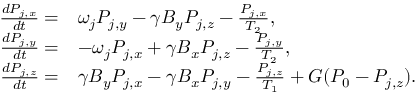
\begin{array} { r l } { \frac { d P _ { j , x } } { d t } = } & { \omega _ { j } P _ { j , y } - \gamma B _ { y } P _ { j , z } - \frac { P _ { j , x } } { T _ { 2 } } , } \\ { \frac { d P _ { j , y } } { d t } = } & { - \omega _ { j } P _ { j , x } + \gamma B _ { x } P _ { j , z } - \frac { P _ { j , y } } { T _ { 2 } } , } \\ { \frac { d P _ { j , z } } { d t } = } & { \gamma B _ { y } P _ { j , x } - \gamma B _ { x } P _ { j , y } - \frac { P _ { j , z } } { T _ { 1 } } + G ( P _ { 0 } - P _ { j , z } ) . } \end{array}